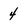
Character: 4